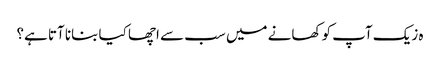
ہ زیک آپ کو کھانے میں سب سے اچھا کیا بنانا آتا ہے؟